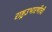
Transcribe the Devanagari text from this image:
राष्ट्रउभारणीची